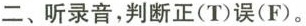
二、听录音，判断正(T)误(F)。